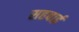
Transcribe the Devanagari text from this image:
सहबाई